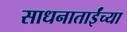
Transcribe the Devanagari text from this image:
साधनाताईंच्या